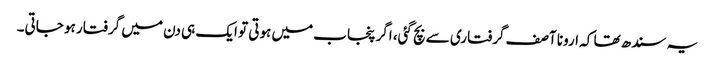
یہ سندھ تھا کہ ارونا آصف گرفتاری سے بچ گئی، اگر پنجاب میں ہوتی تو ایک ہی دن میں گرفتار ہو جاتی۔